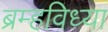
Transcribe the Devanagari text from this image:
ब्रम्हविध्या